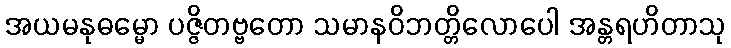
အယမနုဓမ္မော ပဇ္ဇိတဗ္ဗတော သမာနဝိဘတ္တိလောပေါ အန္တရဟိတာသု